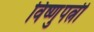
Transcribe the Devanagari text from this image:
विष्णुपत्नी